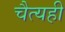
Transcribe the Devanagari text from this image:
चैत्यही